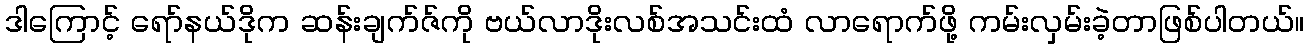
ဒါကြောင့် ရော်နယ်ဒိုက ဆန်းချက်ဇ်ကို ဗယ်လာဒိုးလစ်အသင်းထံ လာရောက်ဖို့ ကမ်းလှမ်းခဲ့တာဖြစ်ပါတယ်။